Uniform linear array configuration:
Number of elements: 32
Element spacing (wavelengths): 0.5
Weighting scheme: kaiser
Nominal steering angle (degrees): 45
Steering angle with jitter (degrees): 44.258
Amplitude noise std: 0.05
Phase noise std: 0.05

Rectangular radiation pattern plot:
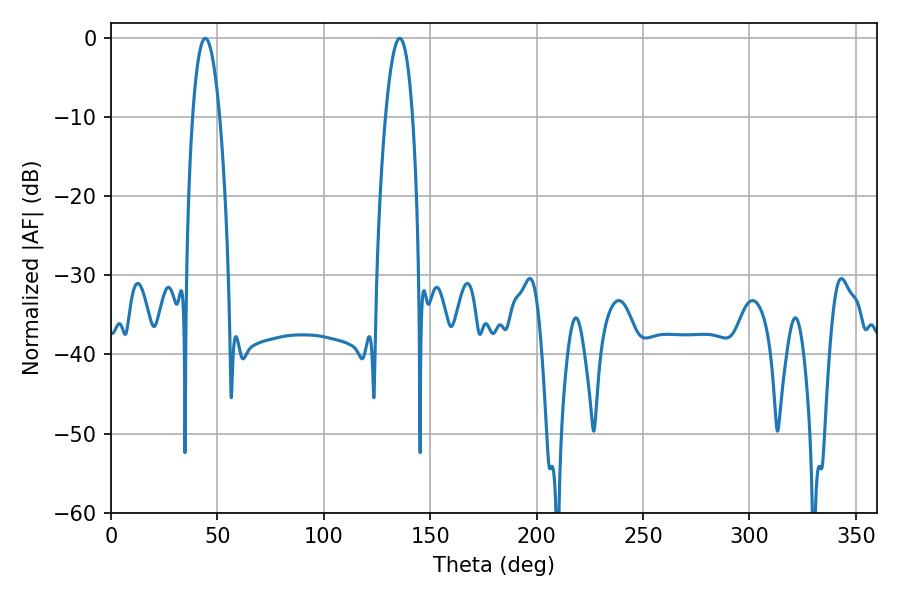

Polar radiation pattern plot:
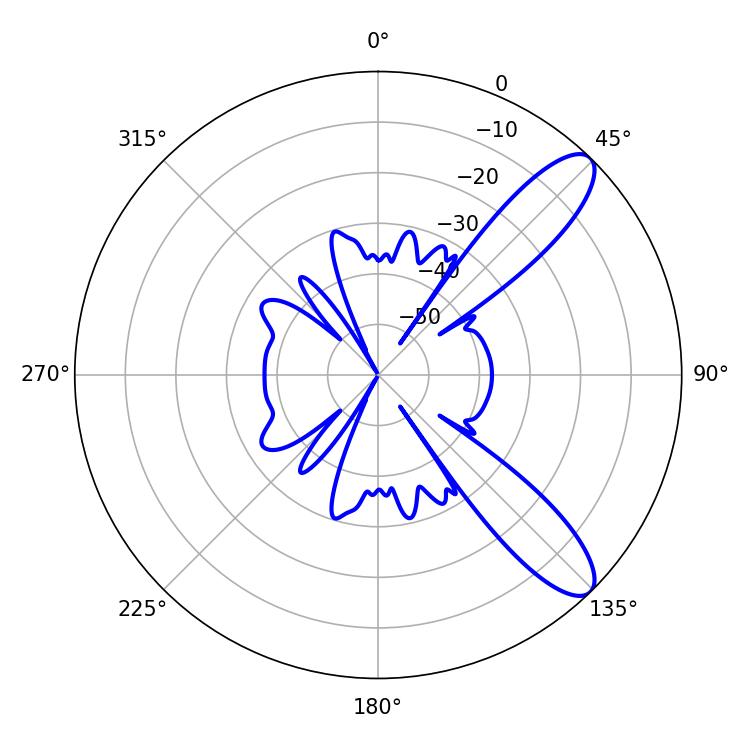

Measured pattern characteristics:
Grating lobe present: FALSE
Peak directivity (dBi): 10.346
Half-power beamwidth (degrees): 7.02
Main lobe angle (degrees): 44.28